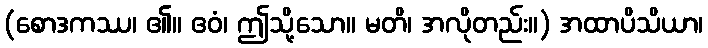
(စောဒကဿ၊ ၏။ ဧဝံ၊ ဤသို့သော။ မတိ၊ အလိုတည်း။) အထာပိသိယာ၊